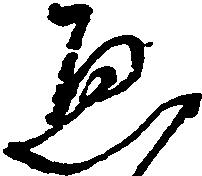
ゑ